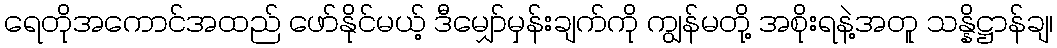
ရေတိုအကောင်အထည် ဖော်နိုင်မယ့် ဒီမျှော်မှန်းချက်ကို ကျွန်မတို့ အစိုးရနဲ့အတူ သန္နိဋ္ဌာန်ချ၊